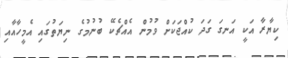
ކިޔާރާ އަކީ އަނގަ ގަދަ ކުއްޖަކަށް ވުމުން އެއްޗެކޭ ބުނުމުގެ ނިޔަތުގައި އެމީހާއާއި